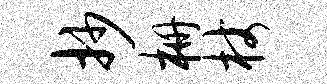
抄栅杖